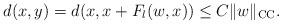
LaTeX: \begin{align*}d(x,y)=d(x,x+F_{l}(w,x))\leq C\|w\|_{\textsc{CC}}.\end{align*}